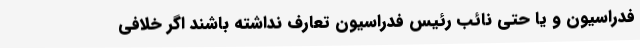
فدراسیون و یا حتی نائب رئیس فدراسیون تعارف نداشته باشند اگر خلافی